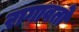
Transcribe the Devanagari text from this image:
रागावतो